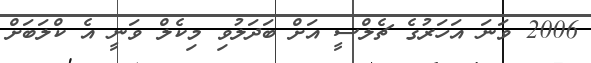
2006 ވަނަ އަހަރުގެ ޗެލްސީ އަށް ބަދަލުވި މިކެލް ވަނީ އެ ކްލަބަށް